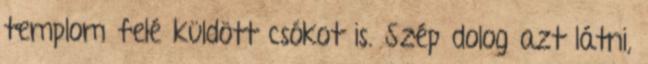
templom felé küldött csókot is. Szép dolog azt látni,